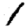
Digit: 1